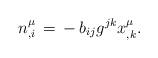
LaTeX: \begin{align*}n^\mu _{,i}\,=\,-\,b_{ij}g^{jk}x^\mu _{,k}.\end{align*}